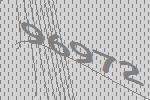
96972